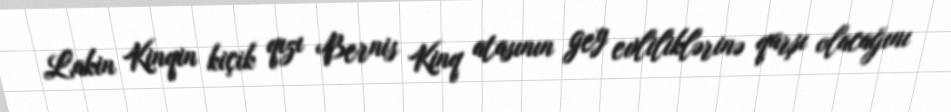
Lakin Kinqin kiçik qızı Bernis Kinq atasının gey evliliklərinə qarşı olacağını